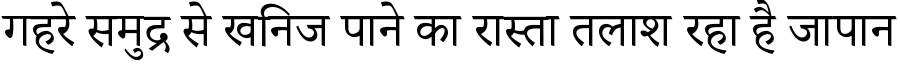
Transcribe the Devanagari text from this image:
गहरे समुद्र से खनिज पाने का रास्ता तलाश रहा है जापान